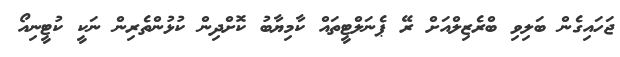
ޖަހައިގެން ބަލިވި ބްރެޒިލްއަށް ރޭ ޕެނަލްޓީތައް ކާމިޔާބު ކޮށްދިން ކުޅުންތެރިން ނަކީ ކުޓީނިއޯ